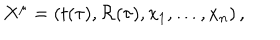
X ^ { \mu } = ( t ( \tau ) , { \mathcal R } ( \tau ) , x _ { 1 } , \dots , x _ { n } ) \, ,